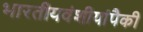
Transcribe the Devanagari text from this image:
भारतीयवंशीयांपैकी